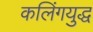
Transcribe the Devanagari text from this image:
कलिंगयुद्ध